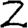
Digit: 2